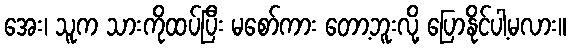
အေး၊ သူက သားကိုထပ်ပြီး မစော်ကား တော့ဘူးလို့ ပြောနိုင်ပါ့မလား။